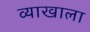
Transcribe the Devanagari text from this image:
व्‍याखाला